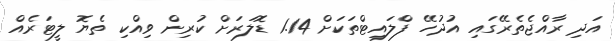
އަދި ރާއްޖެތެރޭގައި އުދުހޭ ފްލައިޓްތަކަށް 1.14 ޑޮލަރަށް ކުރިން ވިއްކި ތެޔޮ ލީޓަރެއް